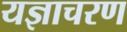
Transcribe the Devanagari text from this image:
यज्ञाचरण